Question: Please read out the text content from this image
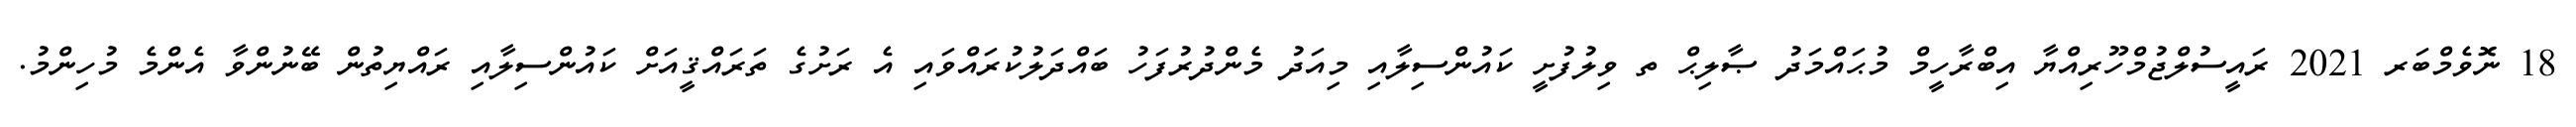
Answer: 18 ނޮވެމްބަރ 2021 ރައީސުލްޖުމްހޫރިއްޔާ އިބްރާހީމް މުޙައްމަދު ޞާލިޙް ތ ވިލުފުށީ ކައުންސިލާއި މިއަދު މެންދުރުފަހު ބައްދަލުކުރައްވައި އެ ރަށުގެ ތަރައްޤީއަށް ކައުންސިލާއި ރައްޔިތުން ބޭނުންވާ އެންމެ މުހިންމު.